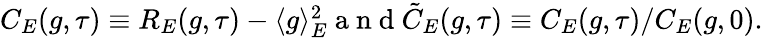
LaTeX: \begin{array}{r}{C_{E}(g,\tau)\equiv R_{E}(g,\tau)-\langle g\rangle_{E}^{2}\mathrm{~a~n~d~}\tilde{C}_{E}(g,\tau)\equiv C_{E}(g,\tau)/C_{E}(g,0).}\end{array}